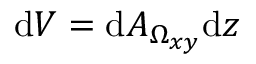
\mathrm { d } V = \mathrm { d } A _ { \Omega _ { x y } } \mathrm { d } z